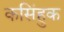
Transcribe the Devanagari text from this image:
कसिंहुक